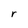
Character: r